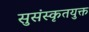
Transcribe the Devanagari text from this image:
सुसंस्कृतयुक्त